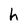
Character: h